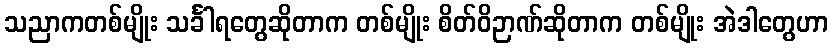
သညာကတစ်မျိုး သင်္ခါရတွေဆိုတာက တစ်မျိုး စိတ်ဝိဉာဏ်ဆိုတာက တစ်မျိုး အဲဒါတွေဟာ